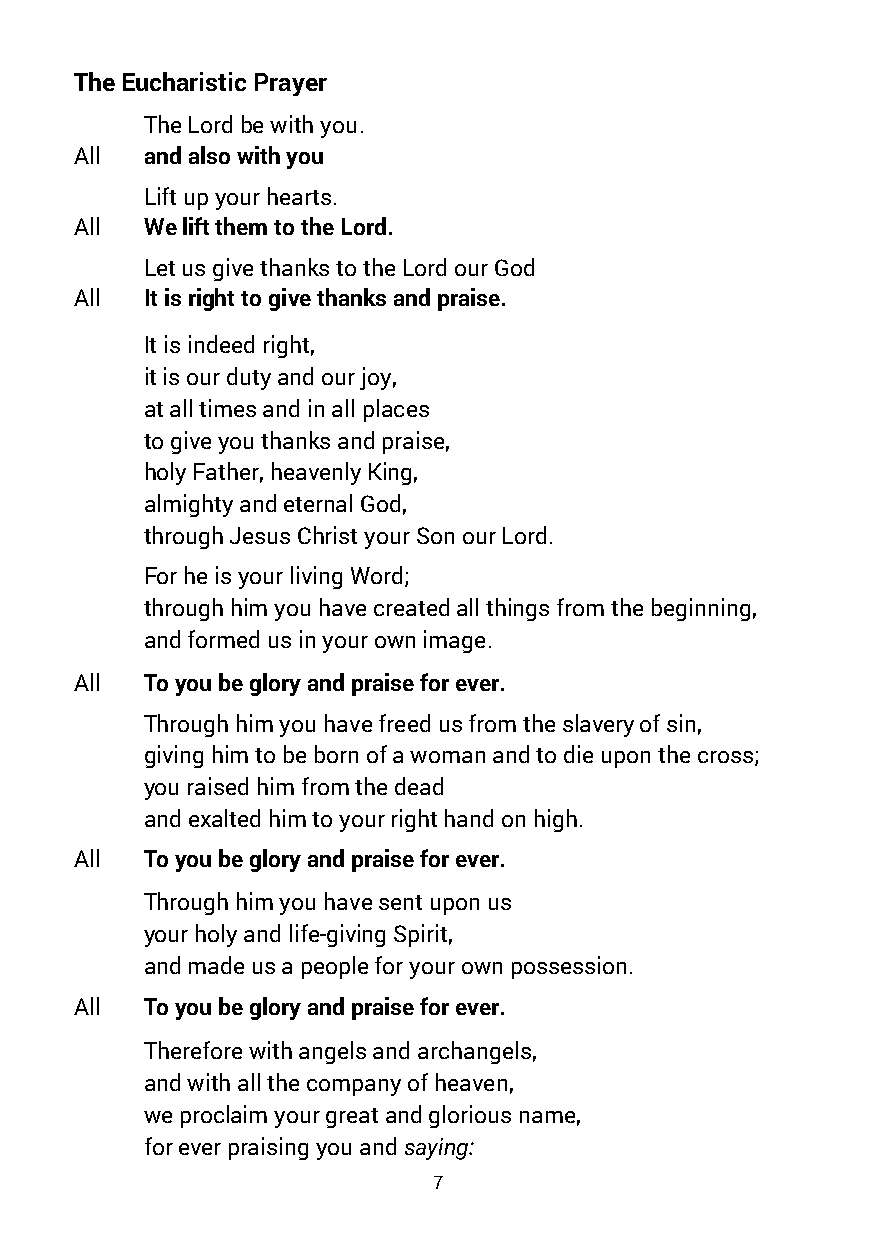
The Eucharistic Prayer
 T he Lord be with you.
 All  and also with you
 Lift up your hearts.
 All  We lift them to the Lord.
 Let us give thanks to the Lord our God
 All  It is right to give thanks and praise.
 It is indeed right,
 it is our duty and our joy,
 at all times and in all places
 to give you thanks and praise,
 holy Father, heavenly King,
 almighty and eternal God,
 through Jesus Christ your Son our Lord.
 For he is your living Word;
 through him you have created all things from the beginning,
 and formed us in your own image.
 All  To you be glory and praise for ever.
 Through him you have freed us from the slavery of sin,
 giving him to be born of a woman and to die upon the cross;
 you raised him from the dead
 and exalted him to your right hand on high.
 All  To you be glory and praise for ever.
 Through him you have sent upon us
 your holy and life-giving Spirit,
 and made us a people for your own possession.
 All  To you be glory and praise for ever.
 Therefore with angels and archangels,
 and with all the company of heaven,
 we proclaim your great and glorious name,
 for ever praising you and saying:
 7